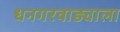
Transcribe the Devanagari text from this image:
धनगरवाड्याला